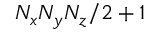
N _ { x } N _ { y } N _ { z } / 2 + 1